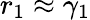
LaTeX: r_{1}\approx\gamma_{1}